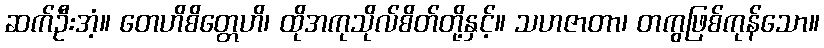
ဆက်ဦးအံ့။ တေဟိစိတ္တေဟိ၊ ထိုအကုသိုလ်စိတ်တို့နှင့်။ သဟဇာတာ၊ တကွဖြစ်ကုန်သော။